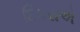
દિકરાએ